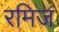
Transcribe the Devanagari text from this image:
रमिज